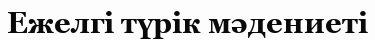
Ежелгі түрік мәдениеті